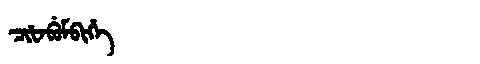
Manchu: ᠴᡳᡶᠠᠪᡠᠮᠪᡳᡥᡝ
Romanization: CIFABUMBIHE